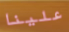
علينا